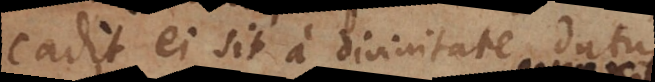
cadit ei sit a divinitate datus.